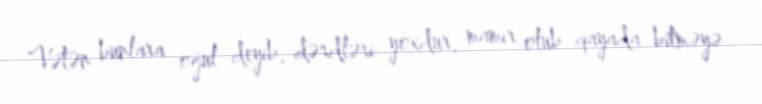
Vətən bunlara oğul deyib, dərdləri yoxdur, mamır olub qayada bitməyə